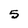
Character: 5